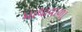
માથાવાળા